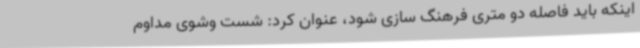
اینکه باید فاصله دو متری فرهنگ سازی شود، عنوان کرد: شست وشوی مداوم